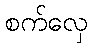
စက်လှေ